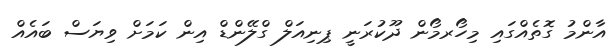
އާންމު ގޮތެއްގައި މިހޯރމޯން ދޫކުރަނީ ޕިނިއަލް ގްލޭންޑް އިން ކަމަށް ވިޔަސް ބައެއް